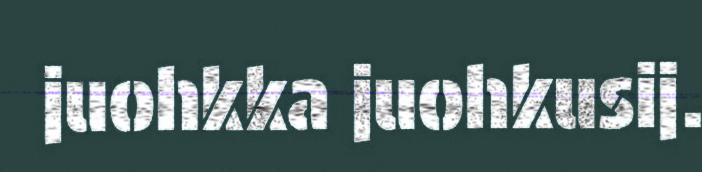
juohkka juohkusij.